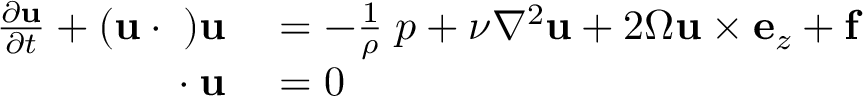
\begin{array} { r l } { \frac { \partial { \bf u } } { \partial t } + ( \bf { u } \cdot { \bf \nabla } ) { \bf u } } & { { } = - \frac { 1 } { \rho } { \bf \nabla } p + \nu \nabla ^ { 2 } { \bf u } + 2 \Omega { \bf u } \times { \bf e } _ { z } + { \bf f } } \\ { { \bf \nabla } \cdot { \bf { u } } } & { { } = 0 } \end{array}